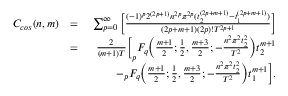
\begin{array} { r l r } { C _ { c o s } ( n , m ) } & { = } & { \sum _ { p = 0 } ^ { \infty } \bigg [ \frac { ( - 1 ) ^ { p } 2 ^ { ( 2 p + 1 ) } n ^ { 2 p } \pi ^ { 2 p } ( t _ { 2 } ^ { ( 2 p + m + 1 ) } - t _ { 1 } ^ { ( 2 p + m + 1 ) } ) } { ( 2 p + m + 1 ) ( 2 p ) ! T ^ { 2 p + 1 } } \bigg ] } \\ & { = } & { \frac { 2 } { ( m + 1 ) T } \bigg [ _ { p } F _ { q } \bigg ( \frac { m + 1 } { 2 } ; \frac { 1 } { 2 } , \frac { m + 3 } { 2 } ; - \frac { n ^ { 2 } \pi ^ { 2 } t _ { 2 } ^ { 2 } } { T ^ { 2 } } \bigg ) t _ { 2 } ^ { m + 1 } } \\ & { \quad } & { - _ { p } F _ { q } \bigg ( \frac { m + 1 } { 2 } ; \frac { 1 } { 2 } , \frac { m + 3 } { 2 } ; - \frac { n ^ { 2 } \pi ^ { 2 } t _ { 2 } ^ { 2 } } { T ^ { 2 } } \bigg ) t _ { 1 } ^ { m + 1 } \bigg ] . } \end{array}